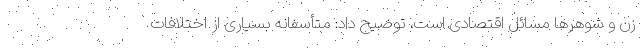
زن و شوهرها مسائل اقتصادی است، توضیح داد: متأسفانه بسیاری از اختلافات